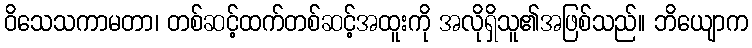
ဝိသေသကာမတာ၊ တစ်ဆင့်ထက်တစ်ဆင့်အထူးကို အလိုရှိသူ၏အဖြစ်သည်။ ဘိယျောက